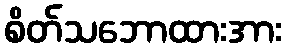
စိတ်သဘောထားအား